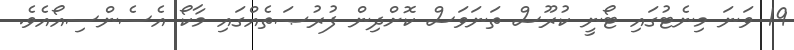
19 ވަނަ މިނެޓުގައި ޓޯނީ ކުރޫސް ތަނަވަސް ކޮށްދިން ފުރުޞަތެއްގައި މާކޯ އެސެންސިއޯއެވެ.